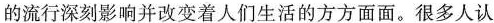
的流行深刻影响并改变着人们生活的方方面面。很多人认